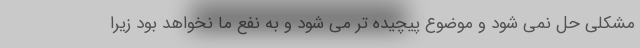
مشکلی حل نمی شود و موضوع پیچیده تر می شود و به نفع ما نخواهد بود زیرا